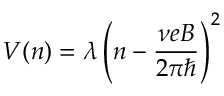
V ( n ) = \lambda \left( n - \frac { \nu e B } { 2 \pi \hbar } \right) ^ { 2 }